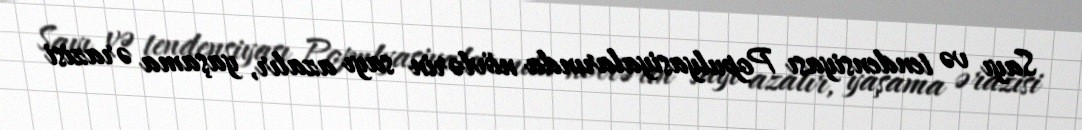
Sayı və tendensiyası Populyasiyalarında növlərin sayı azalır, yaşama ərazisi